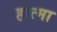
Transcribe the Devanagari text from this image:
हात्मा